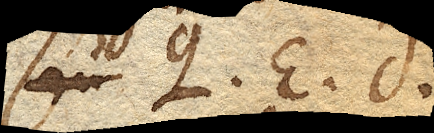
seu q. e. d.